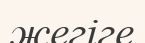
жегіге